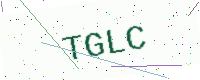
Text: TGLC